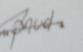
Signature authenticity: forged